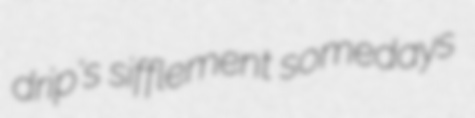
drip's sifflement somedays